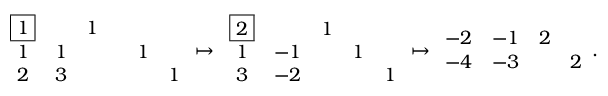
\begin{array} { r } { \begin{array} { c c c c c c } { \boxed { 1 } } & { } & { 1 } & { } & { } & { } \\ { 1 } & { 1 } & { } & { } & { 1 } & { } \\ { 2 } & { 3 } & { } & { } & { } & { 1 } \end{array} \mapsto \begin{array} { c c c c c } { \boxed { 2 } } & { } & { 1 } & { } & { } \\ { 1 } & { - 1 } & { } & { 1 } & { } \\ { 3 } & { - 2 } & { } & { } & { 1 } \end{array} \mapsto \begin{array} { c c c c } { - 2 } & { - 1 } & { 2 } & { } \\ { - 4 } & { - 3 } & { } & { 2 } \end{array} . } \end{array}